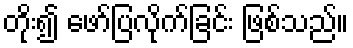
တိုး၍ ဖော်ပြလိုက်ခြင်း ဖြစ်သည်။